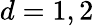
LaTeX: d=1,2